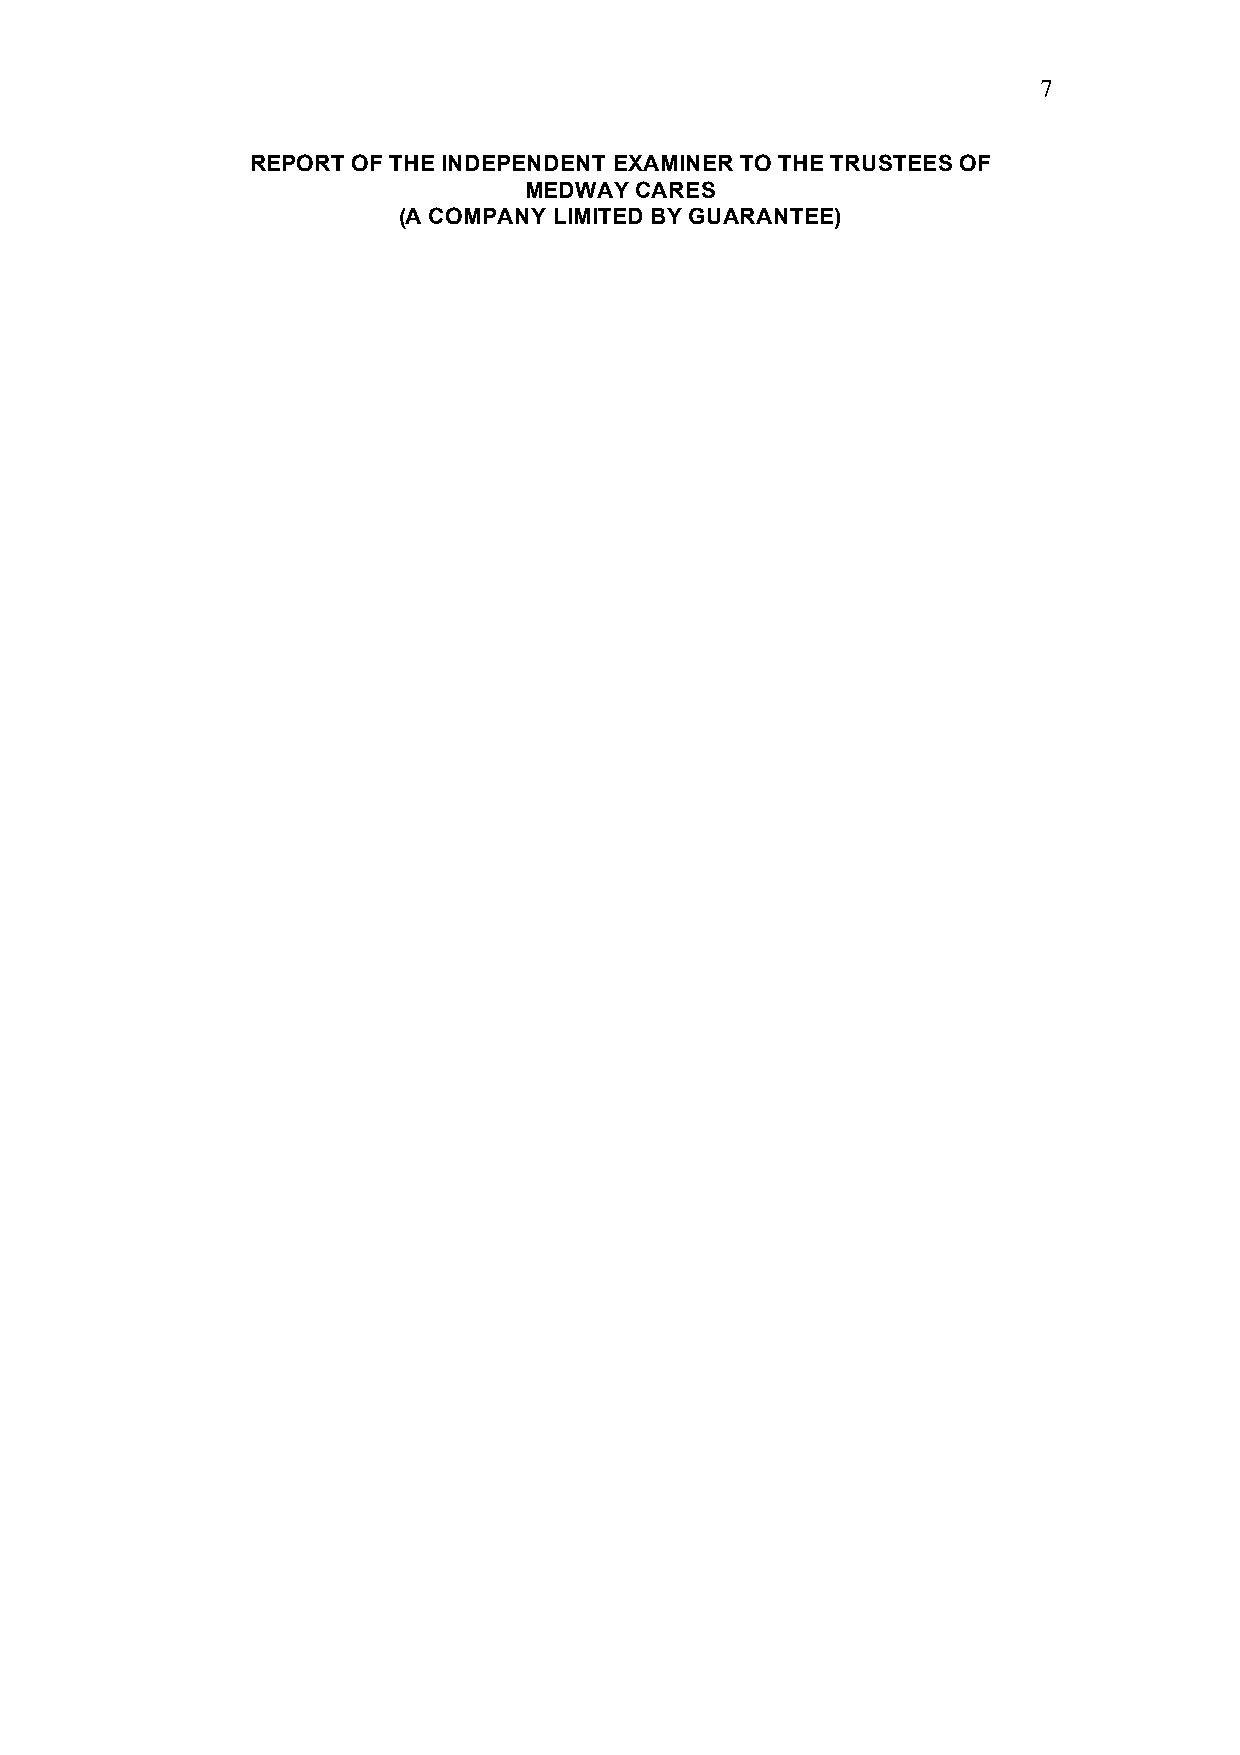
7
 REPORT OF THE INDEPENDENT EXAMINER TO THE TRUSTEES OF
 MEDWAY CARES
 (A COMPANY LIMITED BY GUARANTEE)